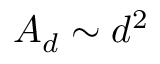
A _ { d } \sim d ^ { 2 }